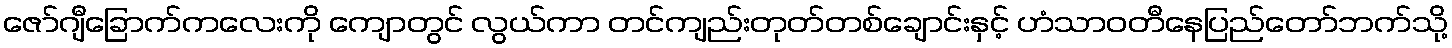
ဇော်ဂျီခြောက်ကလေးကို ကျောတွင် လွယ်ကာ တင်ကျည်းတုတ်တစ်ချောင်းနှင့် ဟံသာဝတီနေပြည်တော်ဘက်သို့